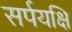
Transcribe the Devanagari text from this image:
सर्पयक्षि